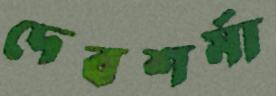
দেবশর্মা